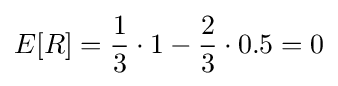
E[R]={\frac {1}{3}}\cdot 1-{\frac {2}{3}}\cdot 0.5=0